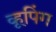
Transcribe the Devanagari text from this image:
व्हूपिंग